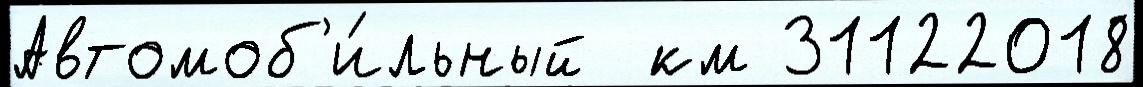
Автомоб'и́льный  км 31122018